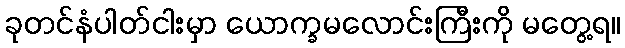
ခုတင်နံပါတ်ငါးမှာ ယောက္ခမလောင်းကြီးကို မတွေ့ရ။